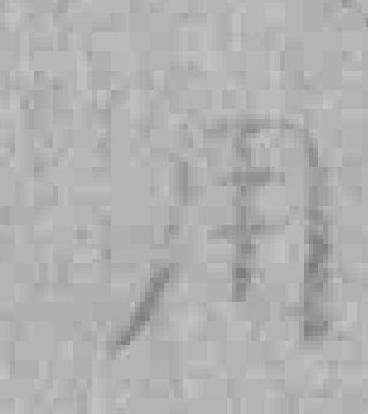
用